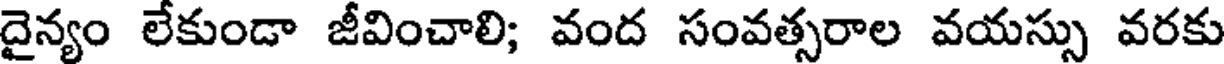
దైన్యం లేకుండా జీవించాలి; వంద సంవత్సరాల వయస్సు వరకు